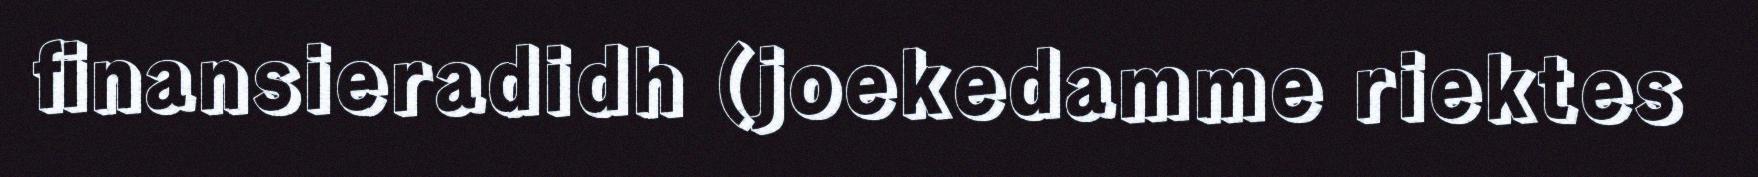
finansieradidh (joekedamme riektes